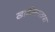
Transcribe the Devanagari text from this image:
खाडीलगतचा